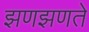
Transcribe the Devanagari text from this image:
झणझणते